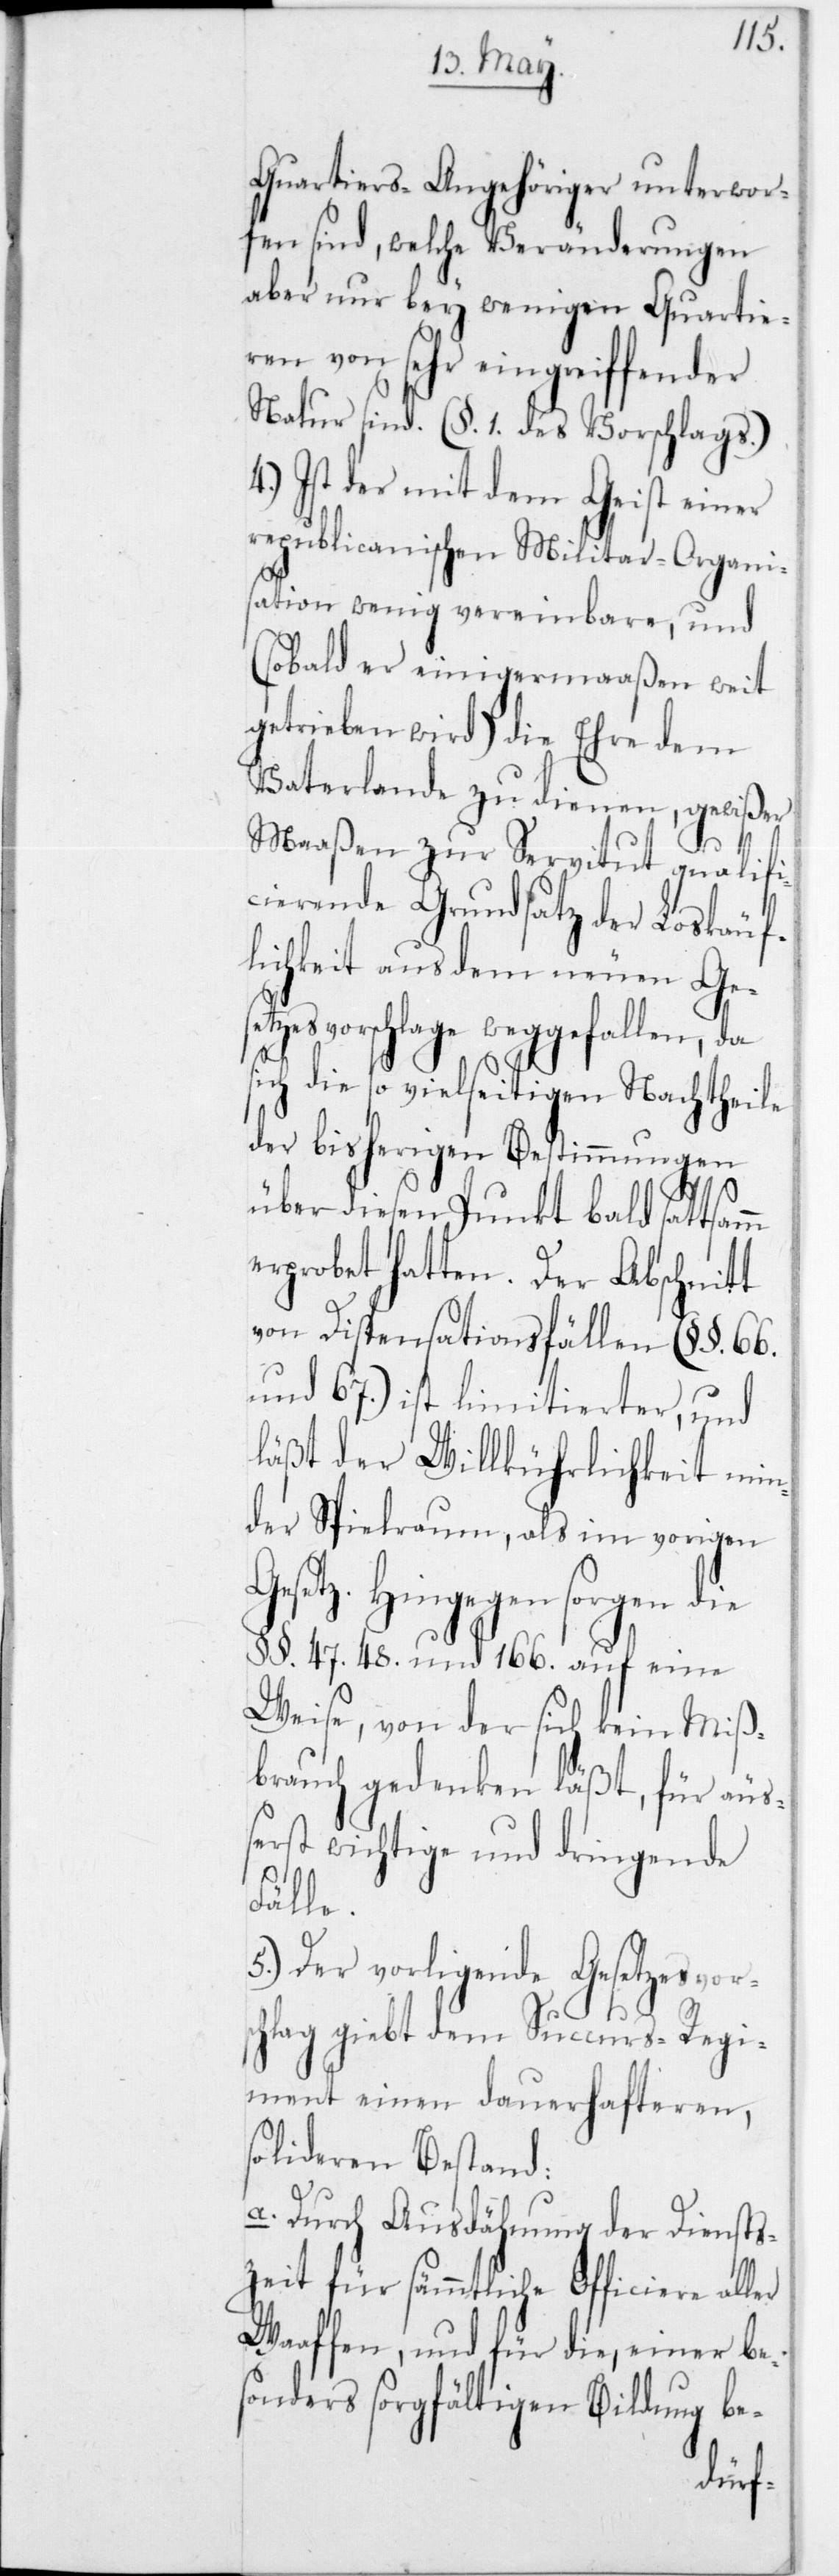
Quartiers Angehöriger unterwor¬
fen sind, welche Veränderungen
aber nur bey wenigen Quartie¬
ren von sehr eingreiffender
Natur sind. (§ 1 des Vorschlags.)
4.) Ist der mit dem Geist einer
republicanischen Militar-Organi¬
sation wenig vereinbare, und
(sobald er einigermaaßen weit
getrieben wird) die Ehre dem
Vaterlande zu dienen, gewißer
vor¬
Maaßen zur Servitut qualifi¬
cierende Grundsatz der Loskäuf¬
lichkeit aus dem neuen Ges¬
etzesvorschlage weggefallen, da
ich die so vielseitigen Nachtheile
der bisherigen Bestimmungen
s¬
über diesen Punkt bald sattsam
erprobet hatten. Der Abschnitt
von Dispensationsfällen (§§ 66
und 67) ist limitierter, und
läßt der Willkührlichkeit min¬
der Spielraum, als im vorigen
Gesetz. Hingegen sorgen die
§§ 47, 48 und 166 auf eine
Weise, von der sich kein Miß¬
brauch gedenken läßt, für äu¬
ßerst wichtige und dringende
Fälle.
5.) Der vorligeinde [sic!] Ges¬
schlag gibt dem Succurs-Regi¬
ment einen dauerhafteren,
solideren Bestand:
a. Durch Ausdehnung der Diensts¬
zeit für sämmtliche Officiere aller
Waaffen, und für die, einer be¬
sonders sorgfältigen Bildung be-
etzes¬